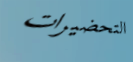
التحضيرات